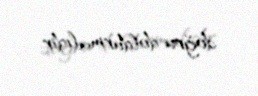
doğru doldurmalıdır.